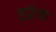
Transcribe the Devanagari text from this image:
इग्नैक